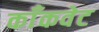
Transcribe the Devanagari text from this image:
काँकवेट